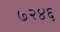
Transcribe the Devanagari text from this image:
७२४६